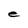
Character: e